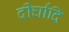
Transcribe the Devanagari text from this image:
दीर्घादि